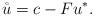
LaTeX: \begin{align*} \mathring{u} =c-Fu^*.\end{align*}